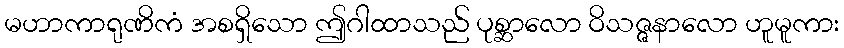
မဟာကာရုဏိကံ အစရှိသော ဤဂါထာသည် ပုစ္ဆာလော ဝိသဇ္ဇနာလော ဟူမူကား